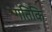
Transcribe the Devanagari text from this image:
गतिकि